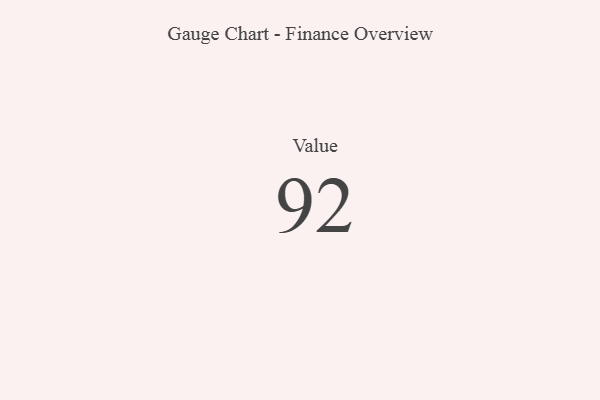
{"axis": {"x": "Metric", "y": "Value"}, "legend": [""], "data": [{"x": "Value", "y": 92, "type": ""}]}